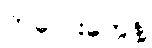
ကလေးတွေနဲ့